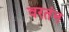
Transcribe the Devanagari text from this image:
वरतंन